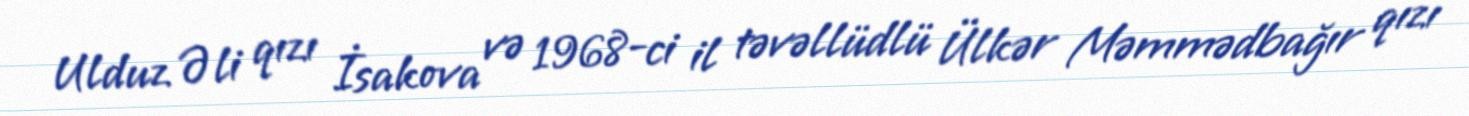
Ulduz Əli qızı İsakova və 1968-ci il təvəllüdlü Ülkər Məmmədbağır qızı